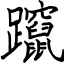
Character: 躥